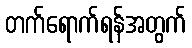
တက်ရောက်ရန်အတွက်